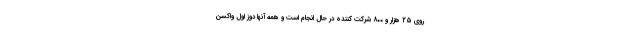
روی ۲۵ هزار و ۸۰۰ شرکت کننده در حال انجام است و همه آنها دوز اول واکسن